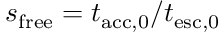
s _ { \mathrm { f r e e } } = t _ { \mathrm { a c c , 0 } } / t _ { \mathrm { e s c , 0 } }